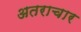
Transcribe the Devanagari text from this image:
अतराचार